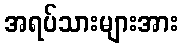
အရပ်သားများအား